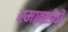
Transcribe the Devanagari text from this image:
रमाबाईची